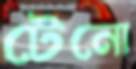
টেনো